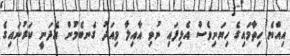
އިއްޔެ ހިތާމައިގެ ހިޔަނިވެސް އެޅިފައި ނުވި އާއިލާ މިއަދު ގެނބެމުން އެދަނީ ކަރުނައިގެ